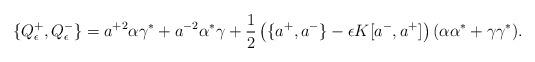
LaTeX: \begin{align*}\{Q^{+}_{\epsilon},Q^{-}_{\epsilon}\}=a^{+2}\alpha\gamma^{*}+a^{-2}\alpha^{*}\gamma+\frac{1}{2}\left(\{a^{+},a^{-}\}-\epsilon K[a^{-},a^{+}]\right)(\alpha\alpha^{*}+\gamma\gamma^{*}).\end{align*}